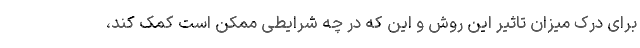
برای درک میزان تاثیر این روش و این که در چه شرایطی ممکن است کمک کند،